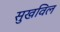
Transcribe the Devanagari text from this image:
सुखविल